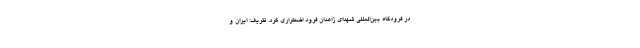
در فرودگاه بین‌المللی شهدای زاهدان فرود اضطراری کرد. ظریف: ایران و